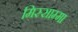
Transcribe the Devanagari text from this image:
मिस्साम्मा